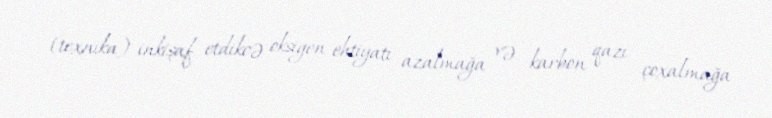
(texnika) inkişaf etdikcə oksigen ehtiyatı azalmağa və karbon qazı çoxalmağa